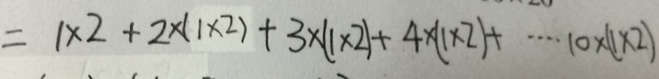
= 1 \times 2 + 2 \times ( 1 \times 2 ) + 3 \times ( 1 \times 2 ) + 4 \times ( 1 \times 2 ) + \cdots 1 0 \times ( 1 \times 2 )